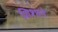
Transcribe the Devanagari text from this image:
शिशाने